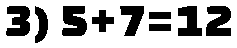
3) 5+7=12